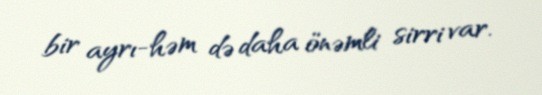
bir ayrı-həm də daha önəmli sirri var.